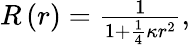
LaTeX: \begin{array}{r}{R\left(r\right)=\frac{1}{1+\frac{1}{4}\kappa r^{2}},}\end{array}